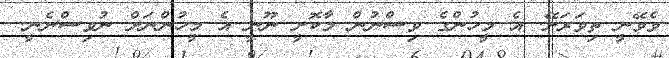
ވެވޭނީ ތިވަރަށޭ. އެ މީހުންގެ ވިސްނުން މާކޮށީ ނޫނީ އެ މީހުންނަށް ނުވިސްނެނީ.